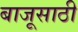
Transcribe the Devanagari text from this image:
बाजूसाठी